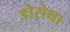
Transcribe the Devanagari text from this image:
डोरोथा